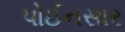
પોઈનસાર